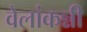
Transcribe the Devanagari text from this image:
वेलांकन्नी